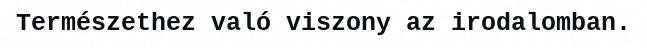
Természethez való viszony az irodalomban.